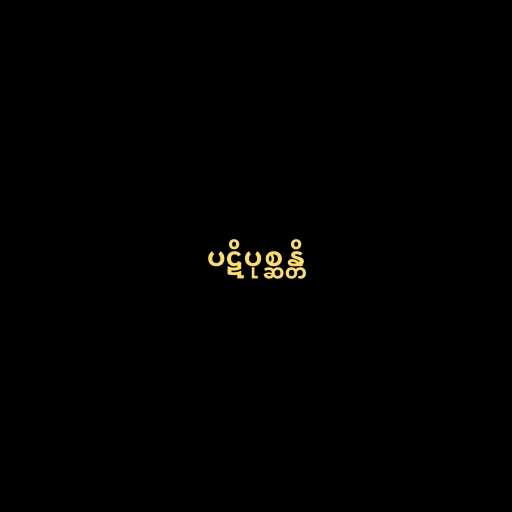
ပဋိပုစ္ဆန္တိ